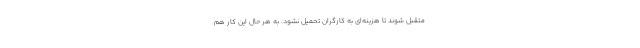
متقبل شوند تا هزینه‌ای به کارگران تحمیل نشود. به هر حال این کار هم